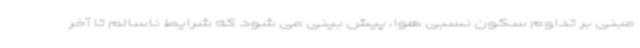
مبنی بر تداوم سکون نسبی هوا، پیش بینی می شود که شرایط ناسالم تا آخر